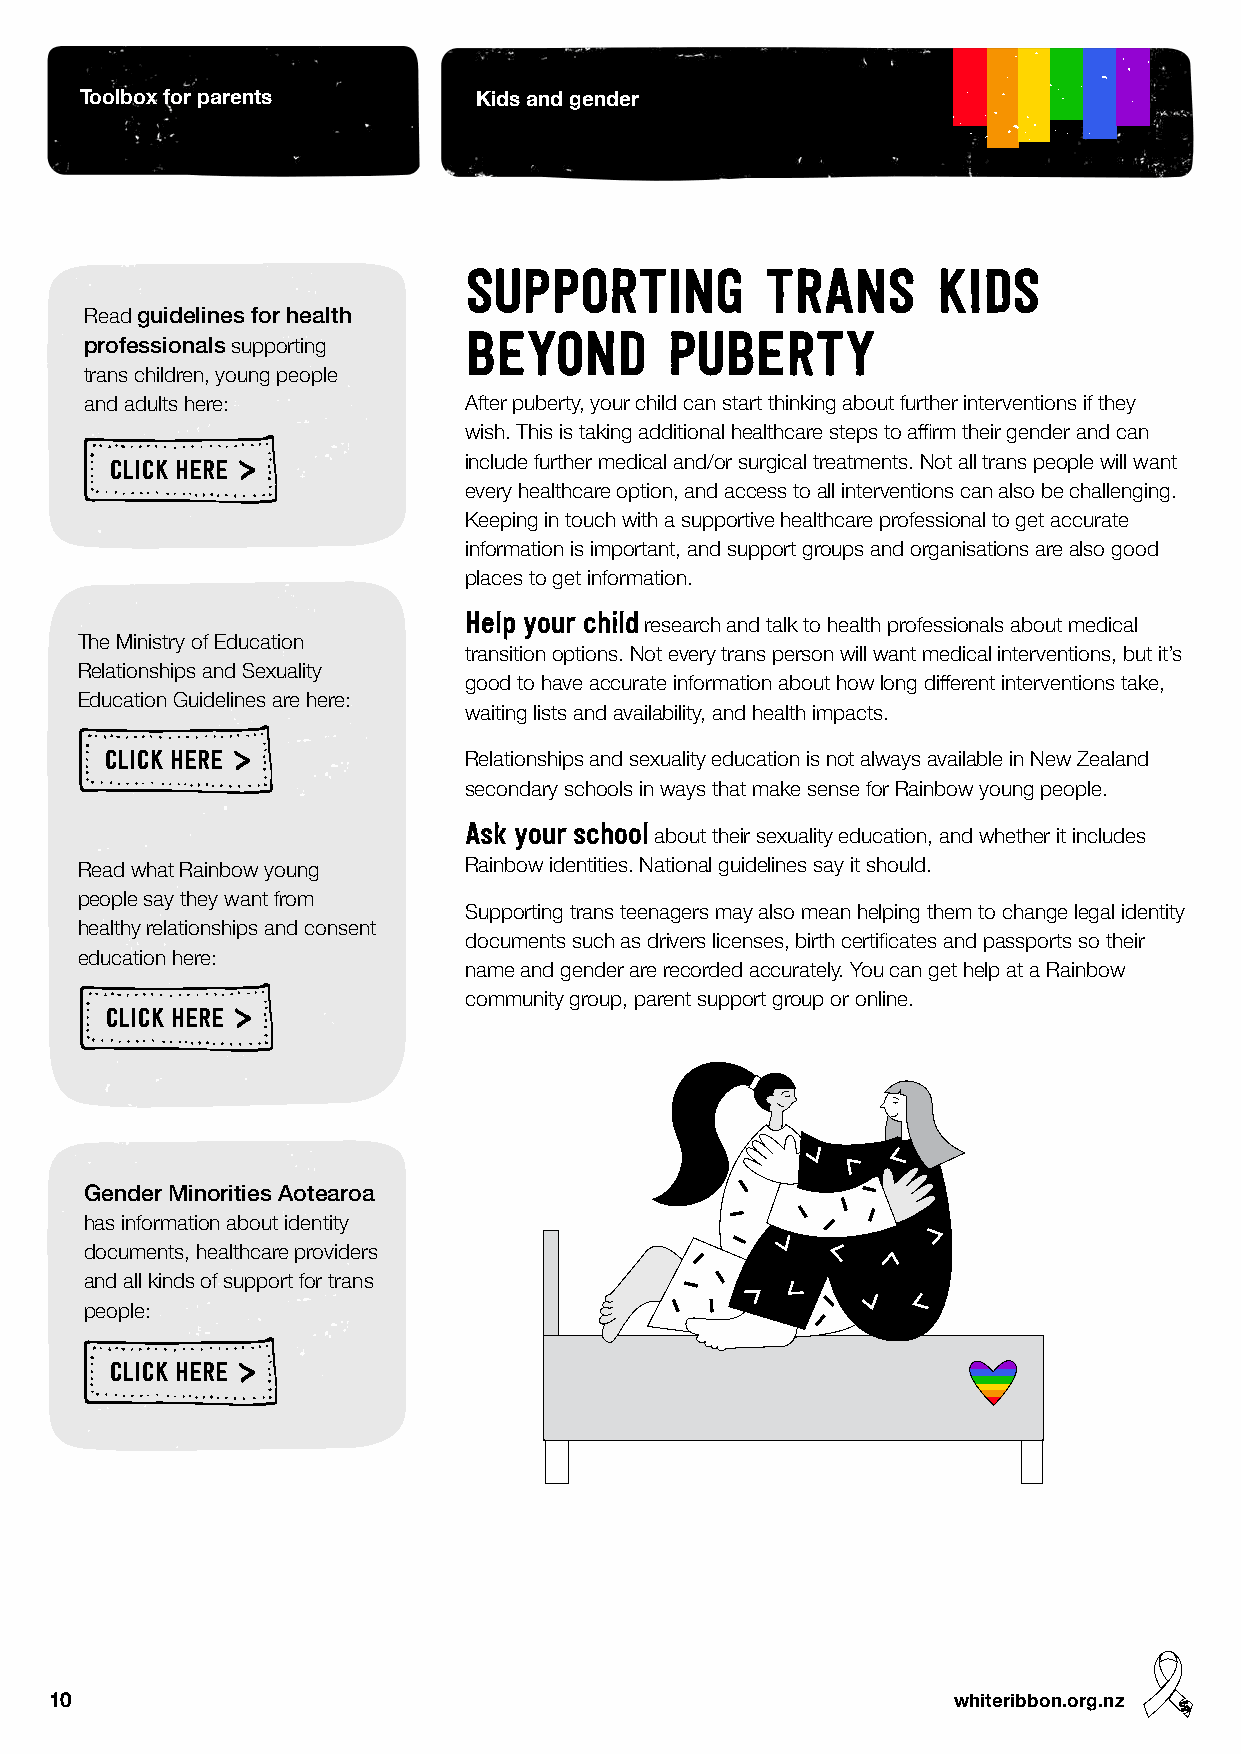
Toolbox for parents        Kids and gender
 SUPPORTING          TRANS      KIDS
 Read guidelines for health
 BEYOND       PUBERTY
 professionals supporting
 trans children, young people
 and adults here:         After puberty, your child can start thinking about further interventions if they
 wish. This is taking additional healthcare steps to affirm their gender and can
 CLICK HERE              include further medical and/or surgical treatments. Not all trans people will want
 every healthcare option, and access to all interventions can also be challenging.
 Keeping in touch with a supportive healthcare professional to get accurate
 information is important, and support groups and organisations are also good
 places to get information.
 Help your child
 research and talk to health professionals about medical
 The Ministry of Education
 transition options. Not every trans person will want medical interventions, but it’s
 Relationships and Sexuality
 good to have accurate information about how long different interventions take,
 Education Guidelines are here:
 waiting lists and availability, and health impacts.
 CLICK HERE              Relationships and sexuality education is not always available in New Zealand
 secondary schools in ways that make sense for Rainbow young people.
 Ask your school
 about their sexuality education, and whether it includes
 Read what Rainbow young   Rainbow identities. National guidelines say it should.
 people say they want from
 Supporting trans teenagers may also mean helping them to change legal identity
 healthy relationships and consent
 documents such as drivers licenses, birth certificates and passports so their
 education here:
 name and gender are recorded accurately. You can get help at a Rainbow
 community group, parent support group or online.
 CLICK HERE
 Gender Minorities Aotearoa
 has information about identity
 documents, healthcare providers
 and all kinds of support for trans
 people:
 CLICK HERE
 10                                                          whiteribbon.org.nz